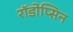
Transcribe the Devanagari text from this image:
रॉडोप्सिन